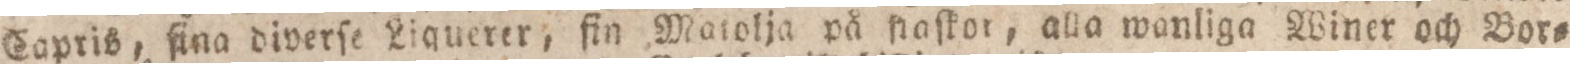
Capris, fina diverſe Liquerer, fin Matolja på fiaſkor, alla wanliga Winer och Bor=